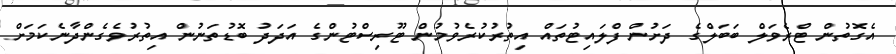
އެގޮތުން ޓްރެވަލް ބަބަލްގެ ދަށުން ފްލައިޓުތައް އިތުރުކުރެވުމުން ޓޫރިސްޓުންގެ އަދަދު ބޮޑުތަނުން އިތުރުވެގެންދާނެކަމަށް